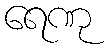
ရေဏု